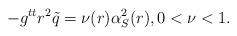
LaTeX: \begin{align*}-g^{tt} r^2 \tilde q = \nu(r) \alpha_S^2(r), 0 < \nu < 1.\end{align*}